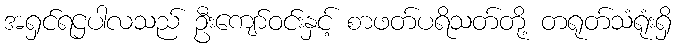
အရှင်ရဌပါလသည် ဦးကျော်ဝင်းနှင့် စာဖတ်ပရိသတ်တို့ တရုတ်သံရုံးရှိ